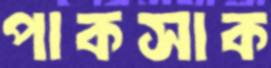
পাকসাক